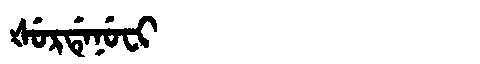
Manchu: ᡧᡠᡵᡩᡝᠨᡠᠸᡳ
Romanization: ŠURDENUFI